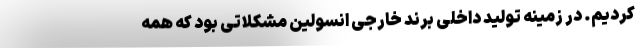
کردیم. در زمینه تولید داخلی برند خارجی انسولین مشکلاتی بود که همه